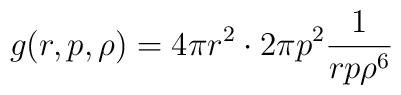
g(r,p,\rho) = 4\pi r^2 \cdot 2\pi p^2 \frac{1}{rp \rho^6}